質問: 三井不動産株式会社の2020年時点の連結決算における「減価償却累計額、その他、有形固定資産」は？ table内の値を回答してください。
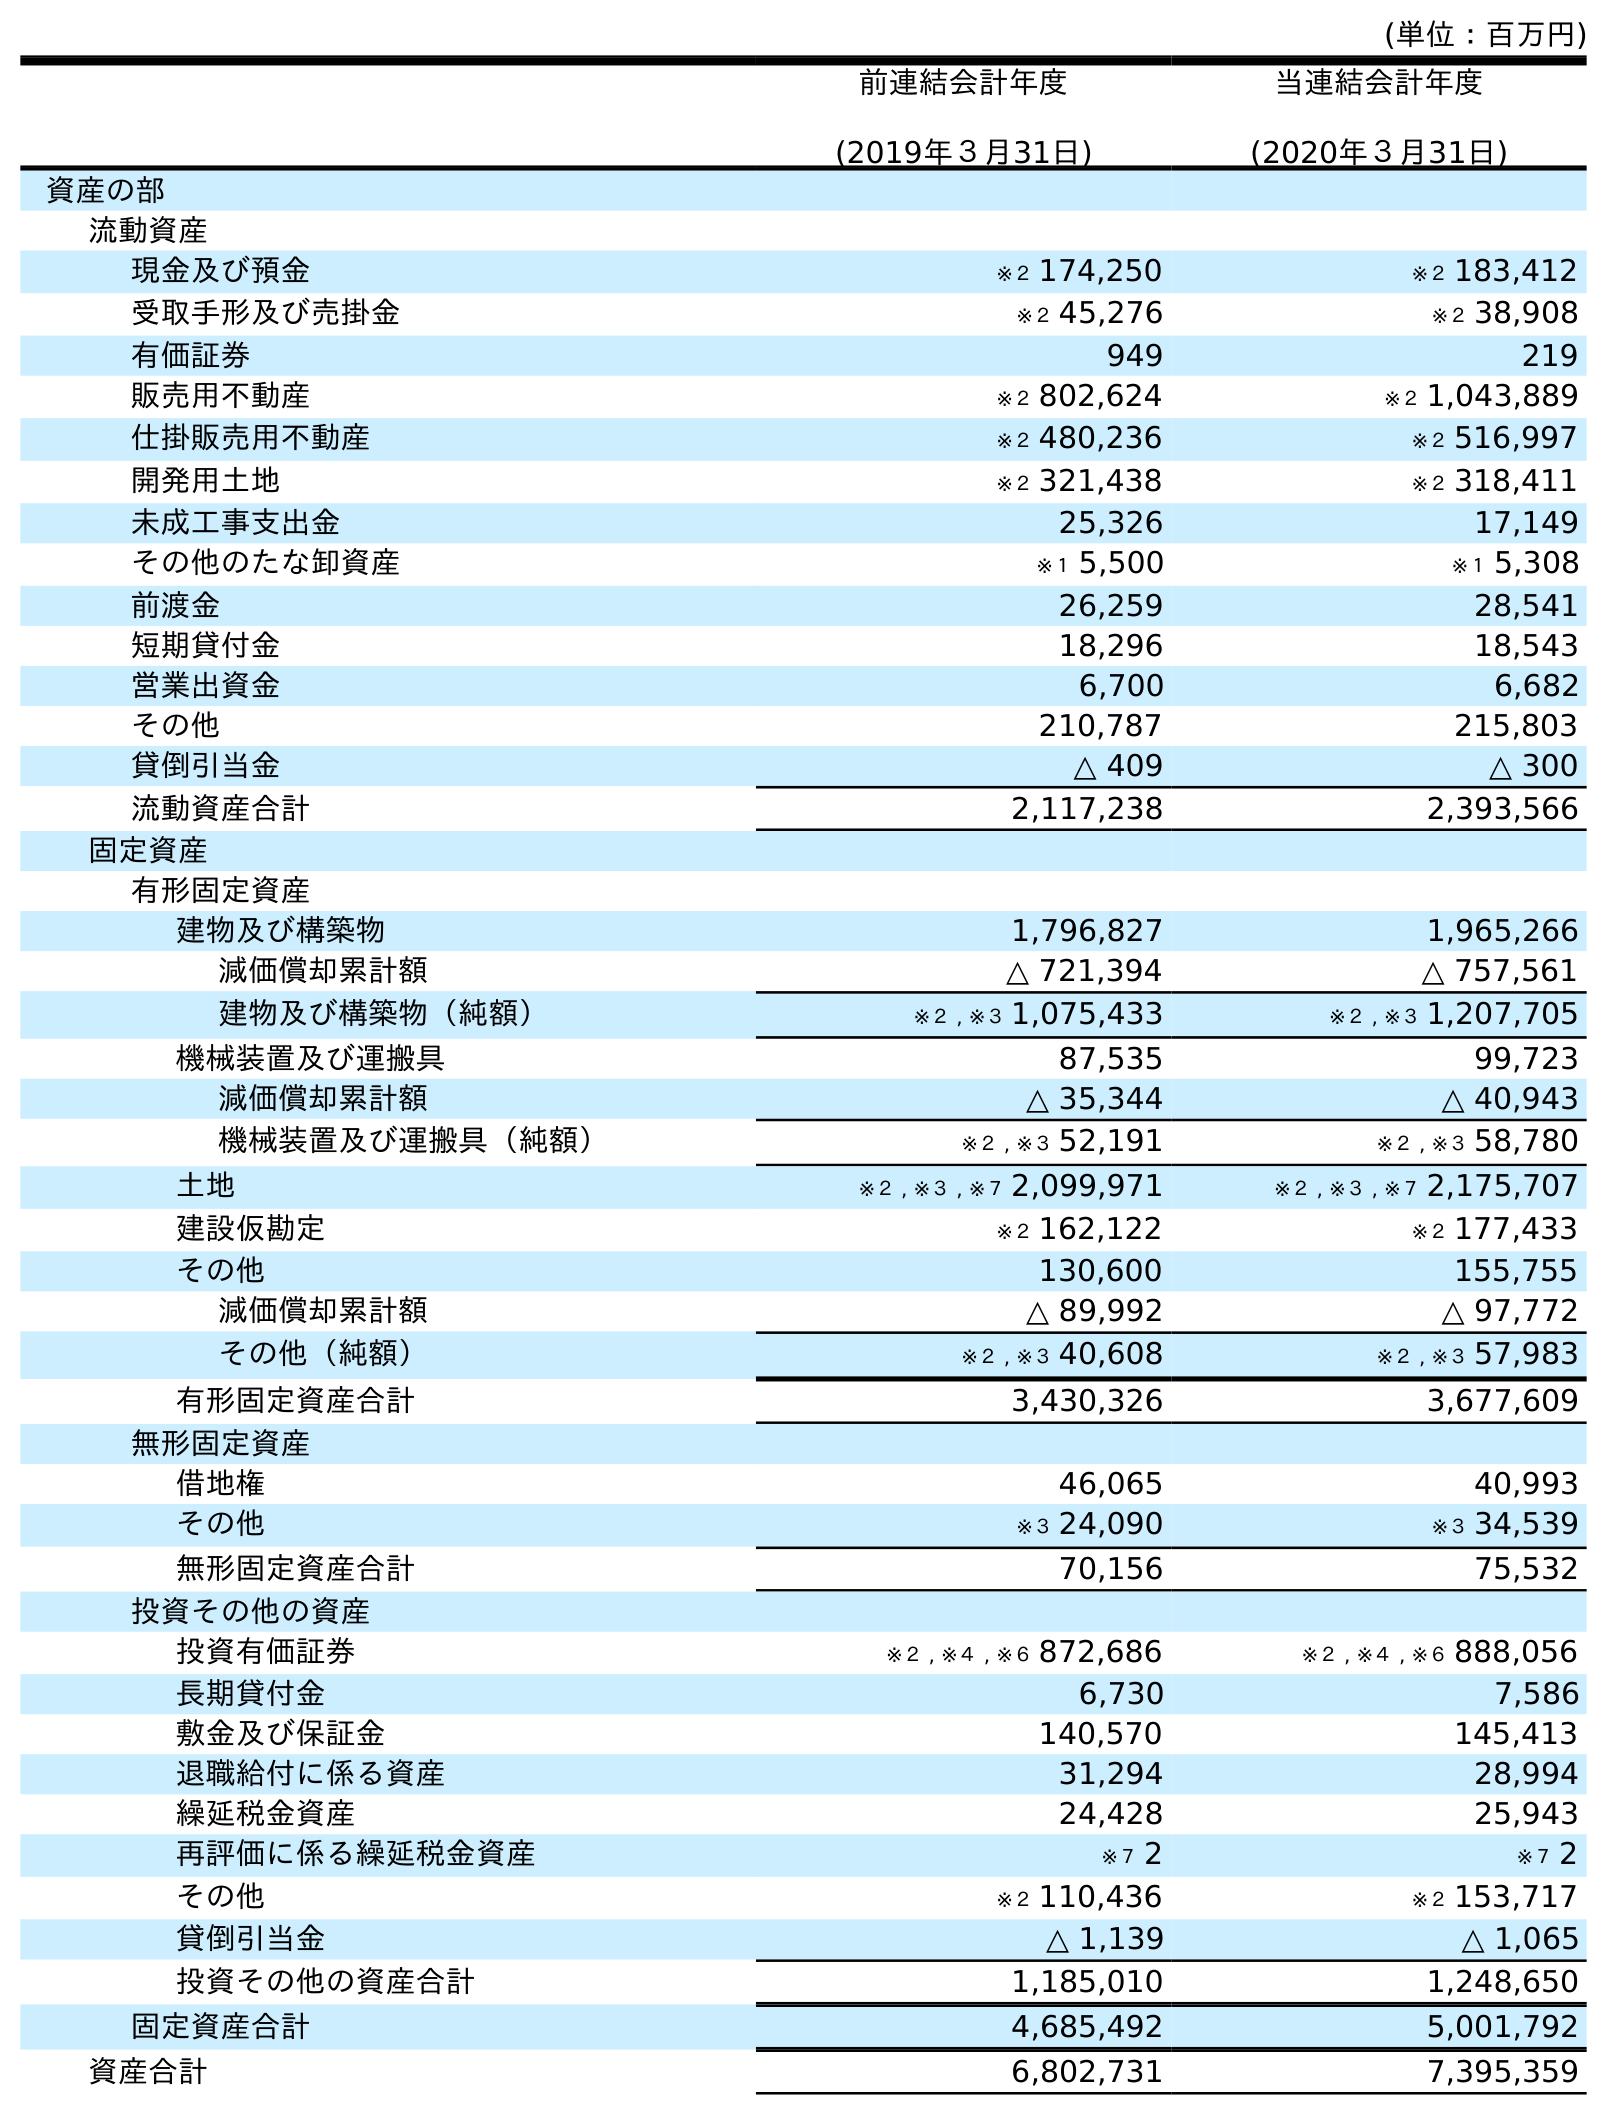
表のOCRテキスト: (単位：百万円) 前連結会計年度 (2019年３月31日) 当連結会計年度 (2020年３月31日) 資産の部 流動資産 現金及び預金 ※２ 174,250 ※２ 183,412 受取手形及び売掛金 ※２ 45,276 ※２ 38,908 有価証券 949 219 販売用不動産 ※２ 802,624 ※２ 1,043,889 仕掛販売用不動産 ※２ 480,236 ※２ 516,997 開発用土地 ※２ 321,438 ※２ 318,411 未成工事支出金 25,326 17,149 その他のたな卸資産 ※１ 5,500 ※１ 5,308 前渡金 26,259 28,541 短期貸付金 18,296 18,543 営業出資金 6,700 6,682 その他 210,787 215,803 貸倒引当金 △ 409 △ 300 流動資産合計 2,117,238 2,393,566 固定資産 有形固定資産 建物及び構築物 1,796,827 1,965,266 減価償却累計額 △ 721,394 △ 757,561 建物及び構築物（純額） ※２ , ※３ 1,075,433 ※２ , ※３ 1,207,705 機械装置及び運搬具 87,535 99,723 減価償却累計額 △ 35,344 △ 40,943 機械装置及び運搬具（純額） ※２ , ※３ 52,191 ※２ , ※３ 58,780 土地 ※２ , ※３ , ※７ 2,099,971 ※２ , ※３ , ※７ 2,175,707 建設仮勘定 ※２ 162,122 ※２ 177,433 その他 130,600 155,755 減価償却累計額 △ 89,992 △ 97,772 その他（純額） ※２ , ※３ 40,608 ※２ , ※３ 57,983 有形固定資産合計 3,430,326 3,677,609 無形固定資産 借地権 46,065 40,993 その他 ※３ 24,090 ※３ 34,539 無形固定資産合計 70,156 75,532 投資その他の資産 投資有価証券 ※２ , ※４ , ※６ 872,686 ※２ , ※４ , ※６ 888,056 長期貸付金 6,730 7,586 敷金及び保証金 140,570 145,413 退職給付に係る資産 31,294 28,994 繰延税金資産 24,428 25,943 再評価に係る繰延税金資産 ※７ 2 ※７ 2 その他 ※２ 110,436 ※２ 153,717 貸倒引当金 △ 1,139 △ 1,065 投資その他の資産合計 1,185,010 1,248,650 固定資産合計 4,685,492 5,001,792 資産合計 6,802,731 7,395,359
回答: △97,772